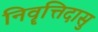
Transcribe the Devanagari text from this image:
निवॄत्तिदासु